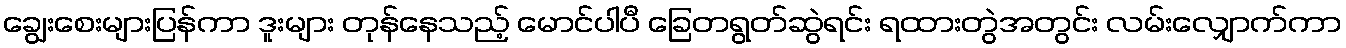
ချွေးစေးများပြန်ကာ ဒူးများ တုန်နေသည့် မောင်ပါပီ ခြေတရွတ်ဆွဲရင်း ရထားတွဲအတွင်း လမ်းလျှောက်ကာ